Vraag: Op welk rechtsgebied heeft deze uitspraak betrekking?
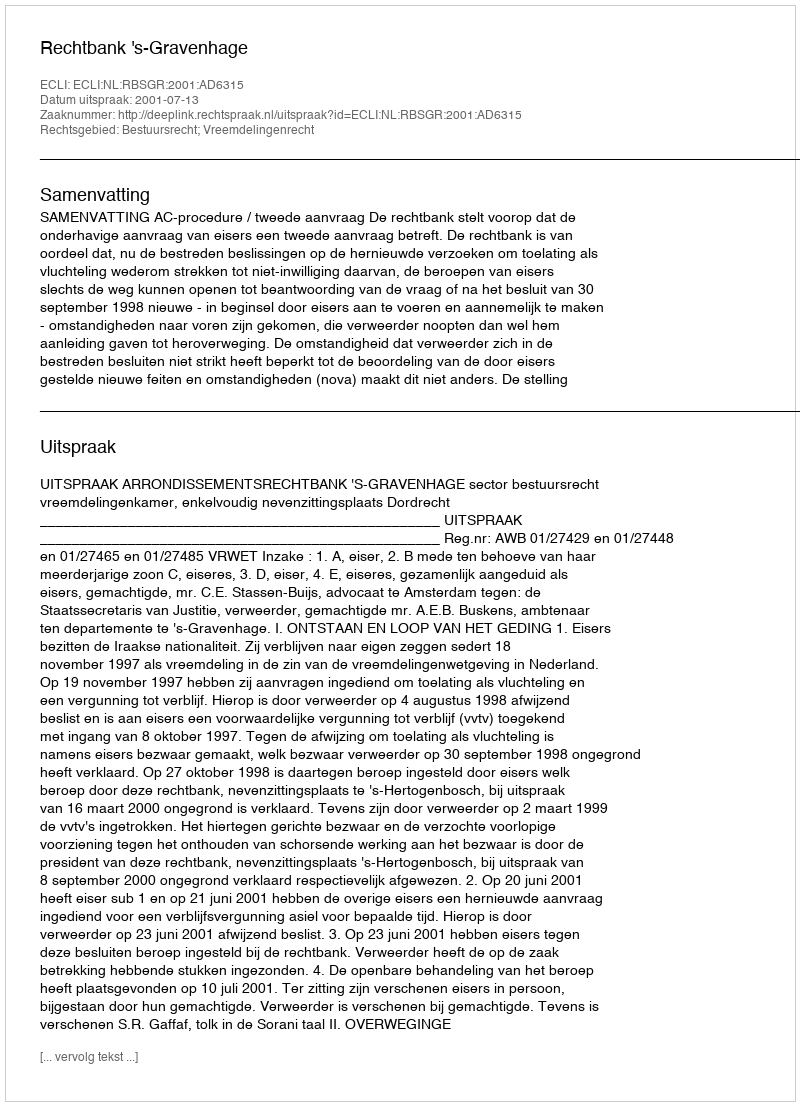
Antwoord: Bestuursrecht; Vreemdelingenrecht